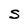
Character: S